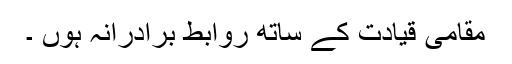
مقامی قیادت کے ساتھ روابط برادرانہ ہوں ۔